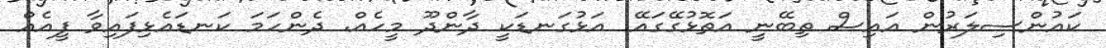
ކައުންސިލަރުން އައިސް ތިބޭނީ އަތޮޅުގޭގައޭ. އަޅުގަނޑަކީ ދާންދޫ މީހެއް. ދެންހަމަ ކަނޑައެޅިފައިވާ ފީއެއް